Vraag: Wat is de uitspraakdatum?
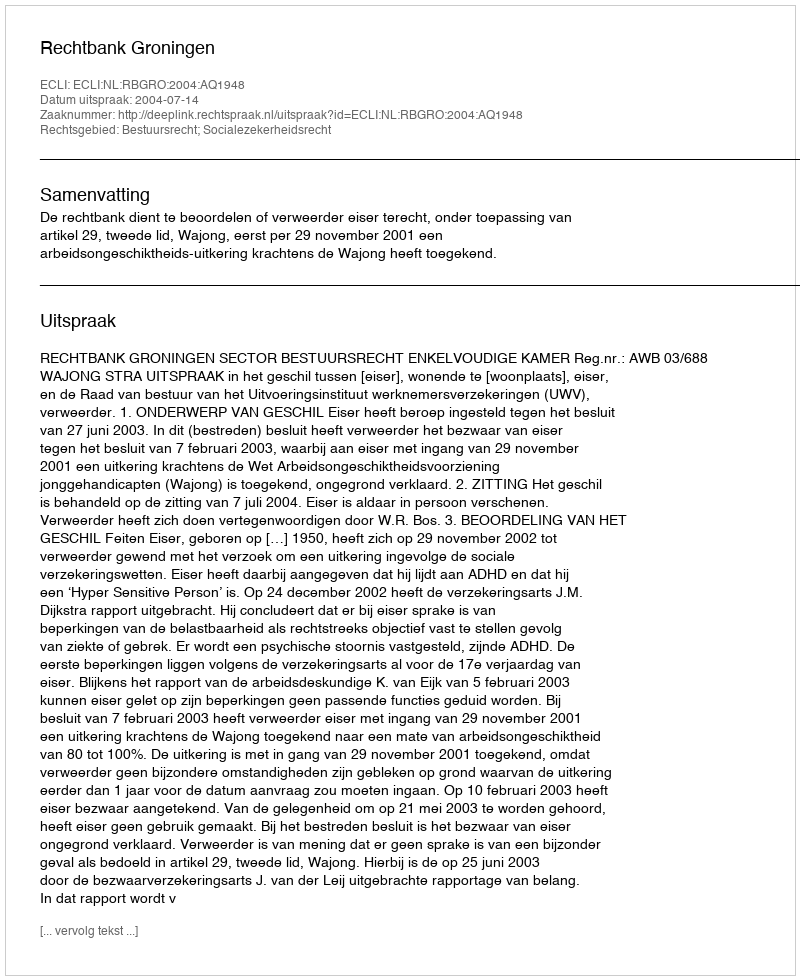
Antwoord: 2004-07-14